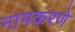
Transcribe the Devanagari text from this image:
नामकरणे